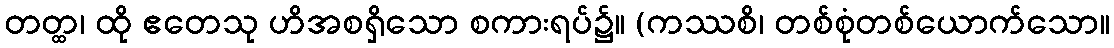
တတ္ထ၊ ထို ဧတေသု ဟိအစရှိသော စကားရပ်၌။ (ကဿစိ၊ တစ်စုံတစ်ယောက်သော။